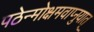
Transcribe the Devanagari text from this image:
पठेन्मोक्षमवाप्नुयात्